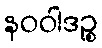
နဝဝါဒဉ္စ